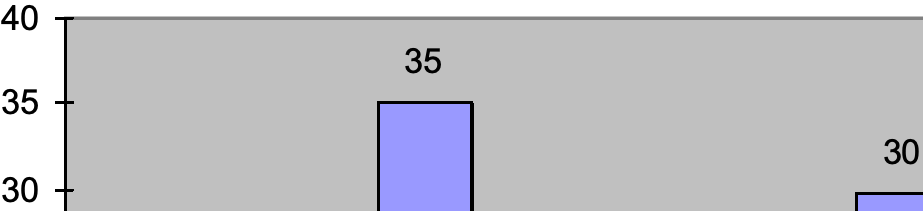
40 35 35 30 30